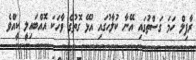
ރާފިލް ހަމަ ގަސްތުގައި އޭނާ ކުލާހުގައި އުޅޭ ގޮތުގެ ވާހަކަ އޮއްބައިލީ ކީއްވެ